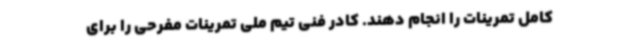
کامل تمرینات را انجام دهند. کادر فنی تیم ملی تمرینات مفرحی را برای